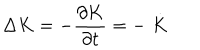
LaTeX: \Delta K = - \frac { \partial K } { \partial t } = - \stackrel { . } { K }